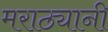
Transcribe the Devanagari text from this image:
मराठ्यानी